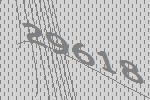
29618